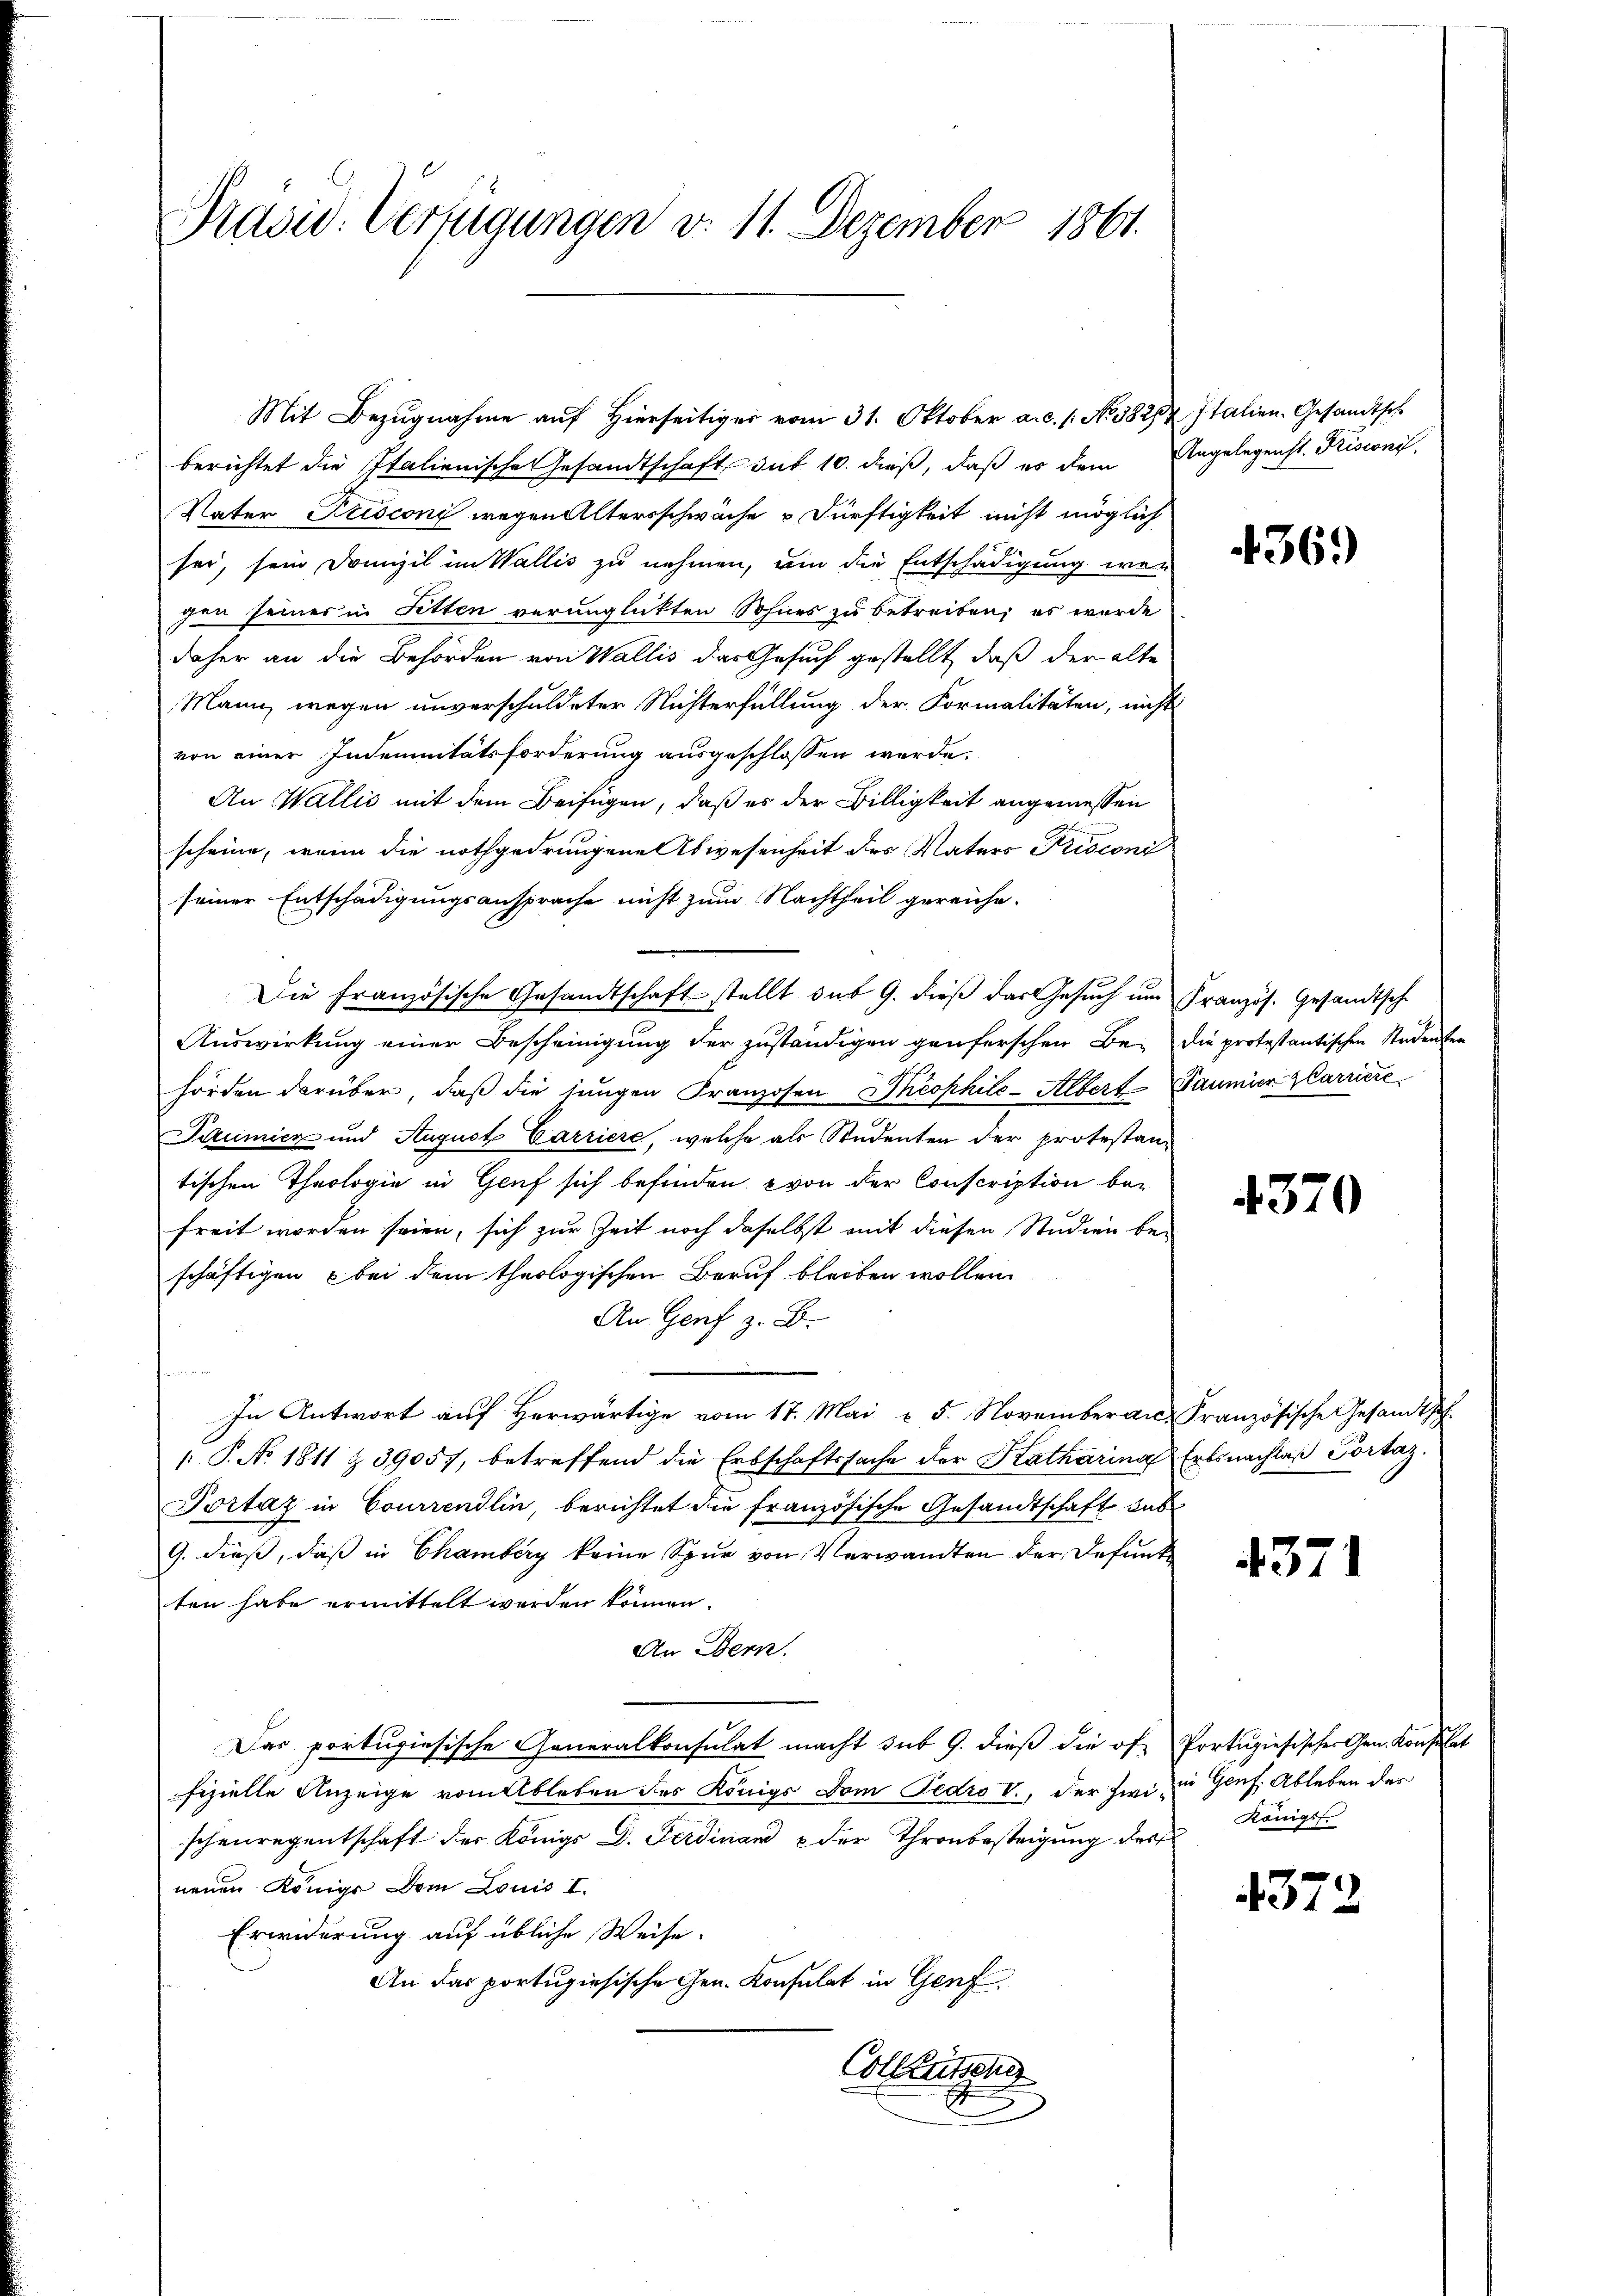
Präsid. Verfügungen d. 11. Dezember 1861.

berichtet die Italienische Gesandtschaft sub 10. dieß, daß es dem Angelegenst. Frisconi,
Vater Frisconi wegen Altersschwäche u Dürftigkeit nicht möglich
sei, sein Drunzil im Wallis zu nehmen, um die Entschädigung wegen seines in Fetten verunglickten Sohnes zu betreiben; es wurde
daher an die Behörden von Wallis das Gesuch gestellt, daß der alte
Mann wegen unverschuldeter Nichterfüllung der Formalitäten, nicht
von einer Indemnitätsforderung ausgeschlossen werde.
An Wallić mit dem Beifügen, daß es der Billigkeit angemessen
scheine, wenn die nothgedrungene Abwesenheit des Vaters Fusioni
seiner Entschädigungsansprache nicht zum Nachtheil gereiche-
Die Französische Gesandtschaft stellt der 9. dieß das Gesuch um Französ. Gesandtsche
Auswirkung einer Bescheinigung der zuständigen genuferschen Be- die protestantischen Studenten
hörden darüber, daß die jungen Franzosen Theophile-Albert-Paumier Zlarriere
Pilumicz und August Carriere, welche als Studenten der protestantischen Theologie in Genf sich befinden, von der Conscription befreit worden seien, sich zur Zeit noch daselbst mit diesen Studien beschäftigen bei dem theologischen Beruf bleiben wollen
An Genf z. B.
e
In Antwort aŭf herwärtige vom 17. Mai v. 5. Novemberan. Französische Gesandtsch.
 P. No. 1811 § 39057, betreffend die Erbschaftssache der Katharina Ertsnachlaβ Portaz.
Portaz in Courrendlin, berichtet die französische Gesandtschaft dab
G. dieß, daß in Chamberg keine Spur von Verwandten der Defunke
ten habe ermittelt werden können.
An Bern.
Das portugiesische Generalkonsulat macht sub 9. dieβ die of Portugiesischer Gen. Konsulat
fizielle Anzeige vom Ableben des Königs Dom Pedro V., der Zwi in Genf. Ableben der
schenregentschaft der Königs D. Ferdinand & der Thronbesteigung des
neuen Königs Dom Louis I.
Erwiderung auf übliche Weise.
An das portugisische Gen. Konsulat in Genf
Colleutsche

Mit Bezugnahme auf Hierseitiger vom 31. Oktober a.c. s. No. 38284 Italien-Gesandtsch

4369

4370

4371

Königss.

4372